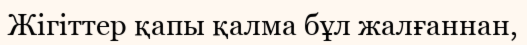
Жігіттер қапы қалма бұл жалғаннан,